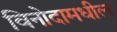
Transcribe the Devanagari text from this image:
विनोदामधील